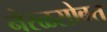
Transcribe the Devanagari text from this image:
नेरळसोबत